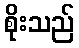
စိုးသည်